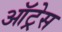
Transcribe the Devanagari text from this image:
ऑट्रेस